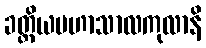
ခတ္တိယမဟာသာလကုလာနိ